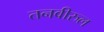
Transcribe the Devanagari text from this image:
तनवीरुल